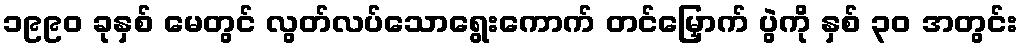
၁၉၉၀ ခုနှစ် မေတွင် လွတ်လပ်သောရွေးကောက် တင်မြှောက် ပွဲကို နှစ် ၃၀ အတွင်း